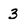
Character: 3